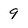
Character: 9